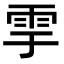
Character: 𩁹